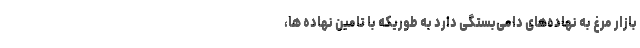
بازار مرغ به نهاده‌های دامی‌بستگی دارد به طوریکه با تامین نهاده ها،